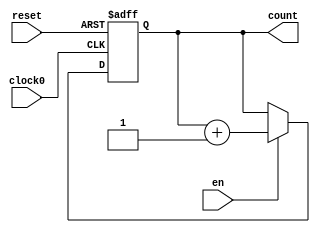

`define counter_instance 89

module test_up_counter32_async_unit (en, clock0, reset, count);
input clock0, reset;
output [31:0] count;
reg [31:0] count;
input wire en;                                   

always @ (posedge clock0 or posedge reset)
if (reset) begin
  count <= 0;
end 
else if(en) begin
  count <= count + 1;
end

endmodule  


module counterup32_1clk_async_reset_n_instances(id, clock0, reset, count);
input clock0, reset;
output wire [31:0] count;
input [0:$clog2(`counter_instance) - 1] id;
wire [31:0] count_w[0:`counter_instance - 1];
reg [`counter_instance - 1:0] en;



always @(*)begin
  if(reset)begin
    en = 0;
  end
  else begin
    en[id] = 1;
  end
end
generate
genvar k;
for(k=0;k<`counter_instance;k=k+1)begin
  test_up_counter32_async_unit a0(en[k], clock0, reset, count_w[k]);
end
endgenerate

assign count = count_w[id];
/* 
    initial begin
        $dumpfile("wave.vcd");
        $dumpvars(0, counterup32_1clk_async_reset_n_instances);
    end
*/    
endmodule